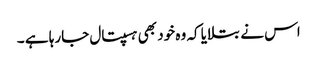
اس نے بتلایا کہ وہ خود بھی ہسپتال جارہا ہے ۔